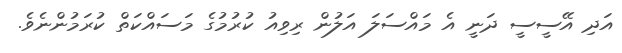
އަދި އޭސީސީ ދަނީ އެ މައްސަލަ އަލުން ރިވިއު ކުރުމުގެ މަސައްކަތް ކުރަމުންނެވެ.